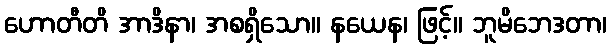
ဟောတီတိ အာဒိနာ၊ အစရှိသော။ နယေန၊ ဖြင့်။ ဘူမိဘေဒတာ၊